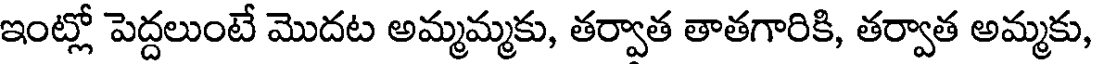
ఇంట్లో పెద్దలుంటే మొదట అమ్మమ్మకు, తర్వాత తాతగారికి, తర్వాత అమ్మకు,